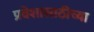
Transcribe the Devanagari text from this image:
प्रवेशासाठीच्या